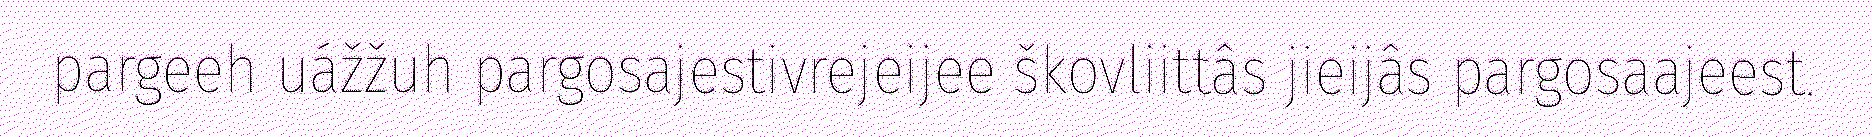
pargeeh uážžuh pargosajestivrejeijee škovliittâs jieijâs pargosaajeest.